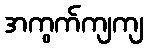
အကွက်ကျကျ